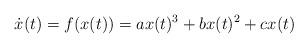
LaTeX: \begin{align*}\dot x(t) = f(x(t))=ax(t)^3 + bx(t)^2+cx(t)\end{align*}